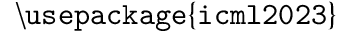
\mathtt { \backslash u s e p a c k a g e \{ i c m l 2 0 2 3 \} }